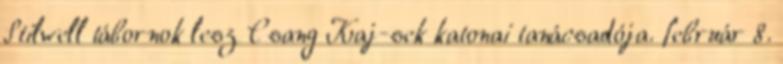
Stilwell tábornok lesz Csang Kaj-sek katonai tanácsadója. február 8.